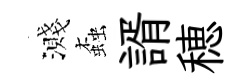
濺螙諝穂